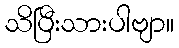
သိပြီးသားပါဗျာ။